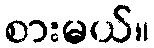
စားမယ်။